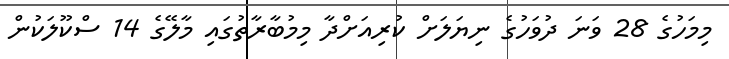
މިމަހުގެ 28 ވަނަ ދުވަހުގެ ނިޔަލަށް ކުރިއަށްދާ މިމުބާރާތުގައި މާލޭގެ 14 ސްކޫލަކުން